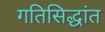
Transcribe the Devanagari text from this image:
गतिसिद्धांत